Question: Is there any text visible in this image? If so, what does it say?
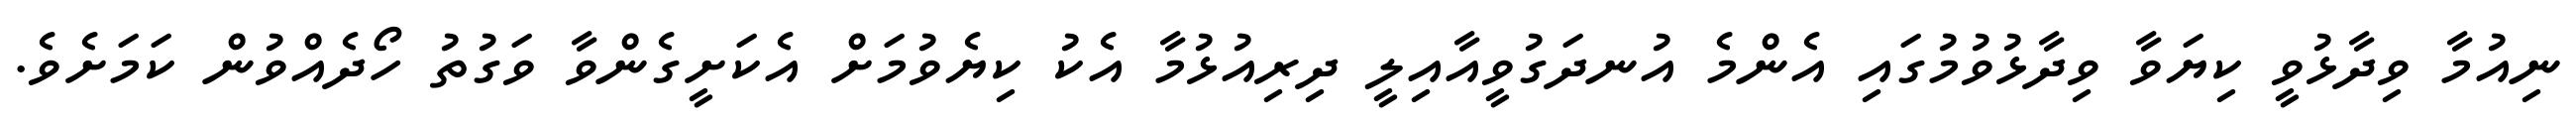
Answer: ނިއުމާ ވިދާޅުވީ ކިޔަވާ ވިދާޅުވުމުގައި އެންމެ އުނދަގުވީއާއިލީ ދިރިއުޅުމާ އެކު ކިޔެވުމަށް އެކަށީގެންވާ ވަގުތު ހޯދެއްވުން ކަމަށެވެ.